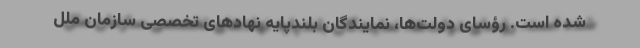
شده است. رؤسای دولت‌ها، نمایندگان ‌بلندپایه نهادهای تخصصی سازمان ملل